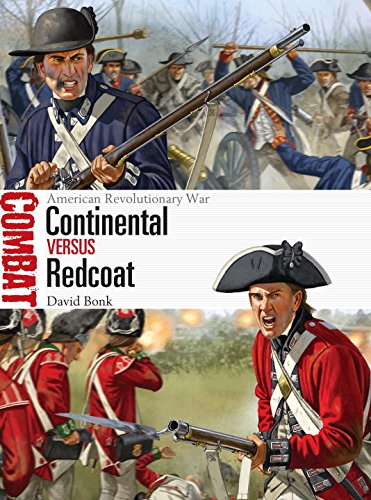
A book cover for Continental vs Redcoat: American Revolutionary War (Combat); David Bonk; Arts & Photography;